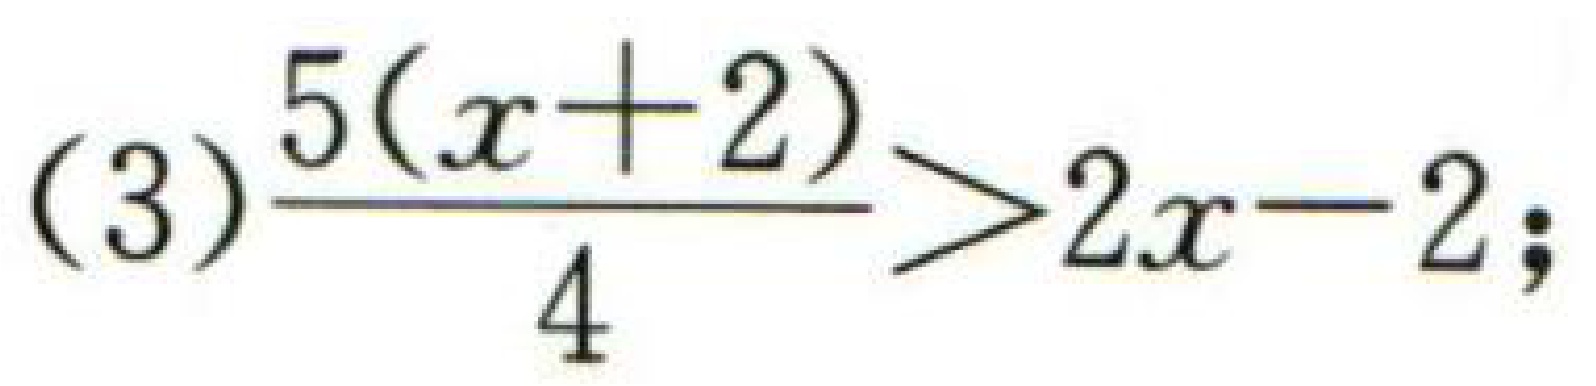
(3)$\frac{5(x + 2)}{4}>2x - 2;$